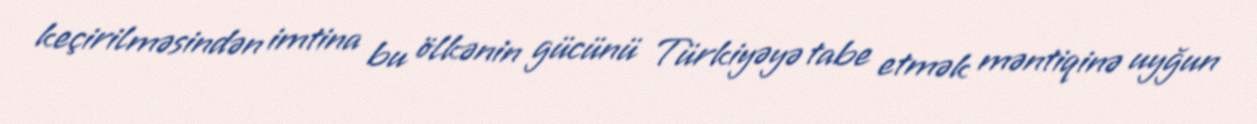
keçirilməsindən imtina bu ölkənin gücünü Türkiyəyə tabe etmək məntiqinə uyğun